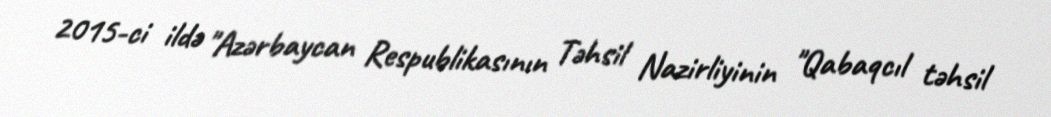
2015-ci ildə "Azərbaycan Respublikasının Təhsil Nazirliyinin "Qabaqcıl təhsil